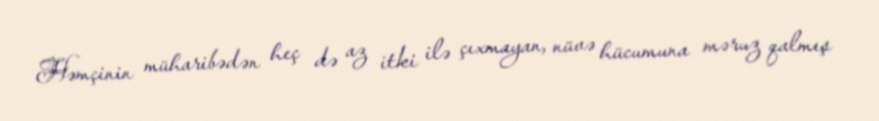
Həmçinin müharibədən heç də az itki ilə çıxmayan, nüvə hücumuna məruz qalmış